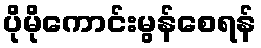
ပိုမိုကောင်းမွန်စေရန်